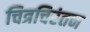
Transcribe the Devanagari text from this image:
चित्रचिरंतन